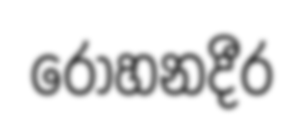
රෝහනදීර